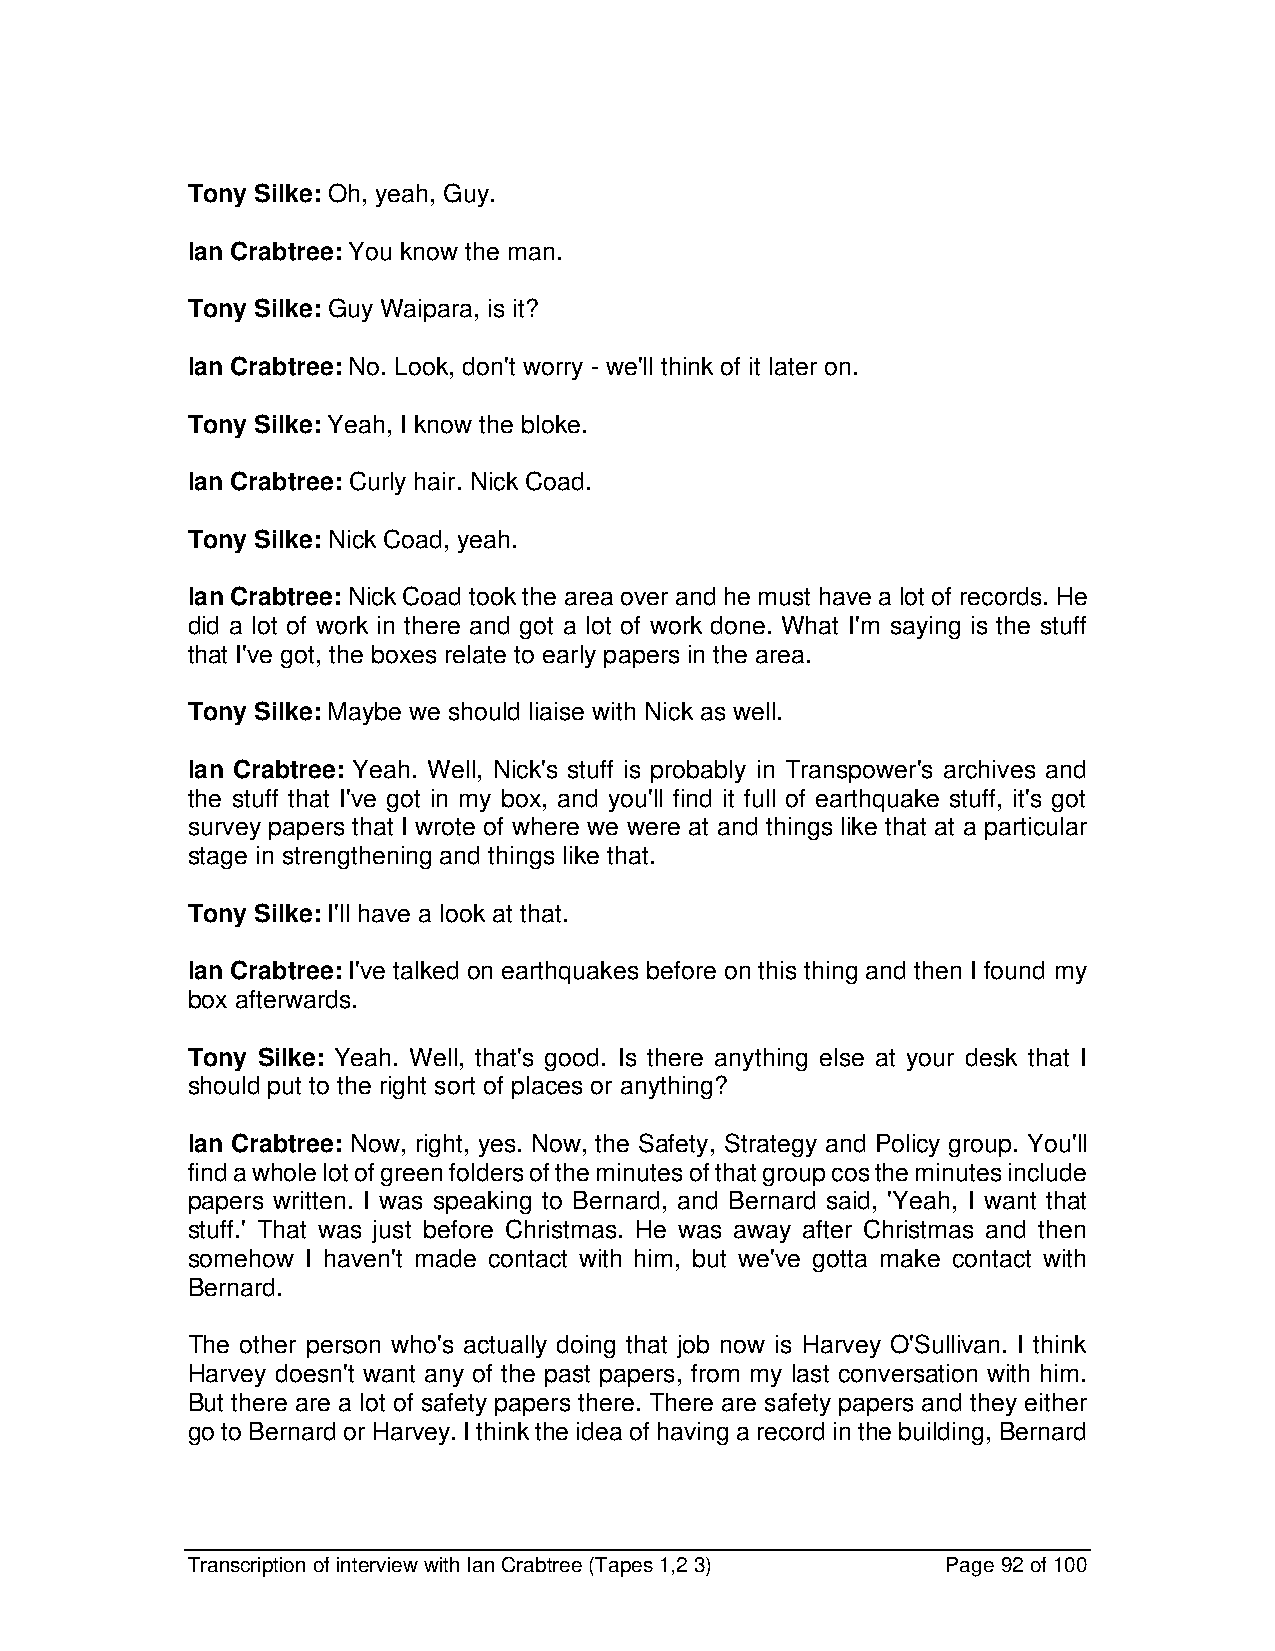
Tony Silke: Oh, yeah, Guy.
 Ian Crabtree: You know the man.
 Tony Silke: Guy Waipara, is it?
 Ian Crabtree: No. Look, don't worry - we'll think of it later on.
 Tony Silke: Yeah, I know the bloke.
 Ian Crabtree: Curly hair. Nick Coad.
 Tony Silke: Nick Coad, yeah.
 Ian Crabtree: Nick Coad took the area over and he must have a lot of records. He
 did a lot of work in there and got a lot of work done. What I'm saying is the stuff
 that I've got, the boxes relate to early papers in the area.
 Tony Silke: Maybe we should liaise with Nick as well.
 Ian Crabtree: Yeah. Well, Nick's stuff is probably in Transpower's archives and
 the stuff that I've got in my box, and you'll find it full of earthquake stuff, it's got
 survey papers that I wrote of where we were at and things like that at a particular
 stage in strengthening and things like that.
 Tony Silke: I'll have a look at that.
 Ian Crabtree: I've talked on earthquakes before on this thing and then I found my
 box afterwards.
 Tony Silke: Yeah. Well, that's good. Is there anything else at your desk that I
 should put to the right sort of places or anything?
 Ian Crabtree: Now, right, yes. Now, the Safety, Strategy and Policy group. You'll
 find a whole lot of green folders of the minutes of that group cos the minutes include
 papers written. I was speaking to Bernard, and Bernard said, 'Yeah, I want that
 stuff.' That was just before Christmas. He was away after Christmas and then
 somehow I haven't made contact with him, but we've gotta make contact with
 Bernard.
 The other person who's actually doing that job now is Harvey O'Sullivan. I think
 Harvey doesn't want any of the past papers, from my last conversation with him.
 But there are a lot of safety papers there. There are safety papers and they either
 go to Bernard or Harvey. I think the idea of having a record in the building, Bernard
 Transcription of interview with Ian Crabtree (Tapes 1,2 3) Page 92 of 100